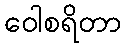
ဝေါစရိတာ